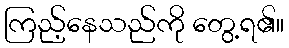
ကြည့်နေသည်ကို တွေ့ရ၏။